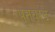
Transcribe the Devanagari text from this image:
पुनर्वाद